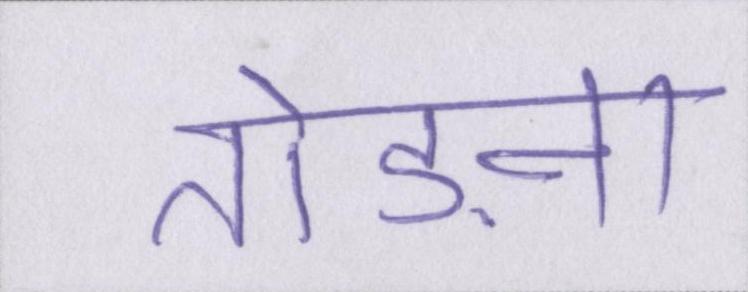
तोड़ना